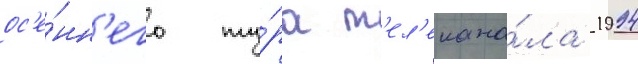
ос'е́нн'его ту́ра т'ел'екана́ла 1994